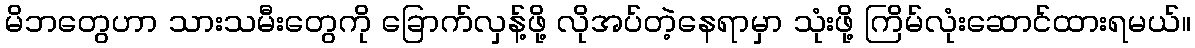
မိဘတွေဟာ သားသမီးတွေကို ခြောက်လှန့်ဖို့ လိုအပ်တဲ့နေရာမှာ သုံးဖို့ ကြိမ်လုံးဆောင်ထားရမယ်။